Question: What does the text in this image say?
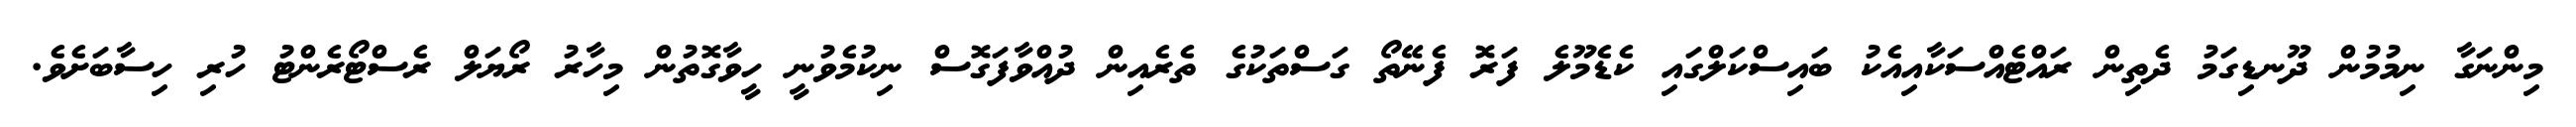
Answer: މިންނަގާ ނިމުމުން ދޫނޑިގަމު ދެތިން ރައްޓެއްސަކާއިއެކު ބައިސްކަލްގައި ކެޑެމޫލެ ފަރޮ ފެނޭތޯ ގަސްތަކުގެ ތެރެއިން ދުއްވާފަގޮސް ނިކުމެވުނީ ހީވާގޮތުން މިހާރު ރޯޔަލް ރެސްޓޯރެންޓު ހުރި ހިސާބަށެވެ.